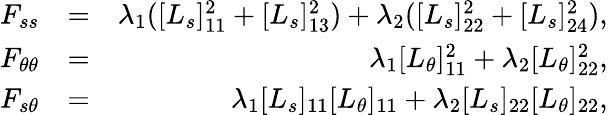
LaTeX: \begin{array}{rlr}{F_{ss}}&{=}&{\lambda_{1}([L_{s}]_{11}^{2}+[L_{s}]_{13}^{2})+\lambda_{2}([L_{s}]_{22}^{2}+[L_{s}]_{24}^{2}),}\\ {F_{\theta\theta}}&{=}&{\lambda_{1}[L_{\theta}]_{11}^{2}+\lambda_{2}[L_{\theta}]_{22}^{2},}\\ {F_{s\theta}}&{=}&{\lambda_{1}[L_{s}]_{11}[L_{\theta}]_{11}+\lambda_{2}[L_{s}]_{22}[L_{\theta}]_{22},}\end{array}